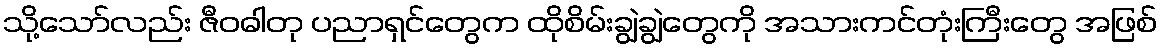
သို့သော်လည်း ဇီဝဓါတု ပညာရှင်တွေက ထိုစိမ်းချွဲချွဲတွေကို အသားကင်တုံးကြီးတွေ အဖြစ်